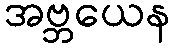
အဗ္ဘယေန